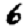
Digit: 6